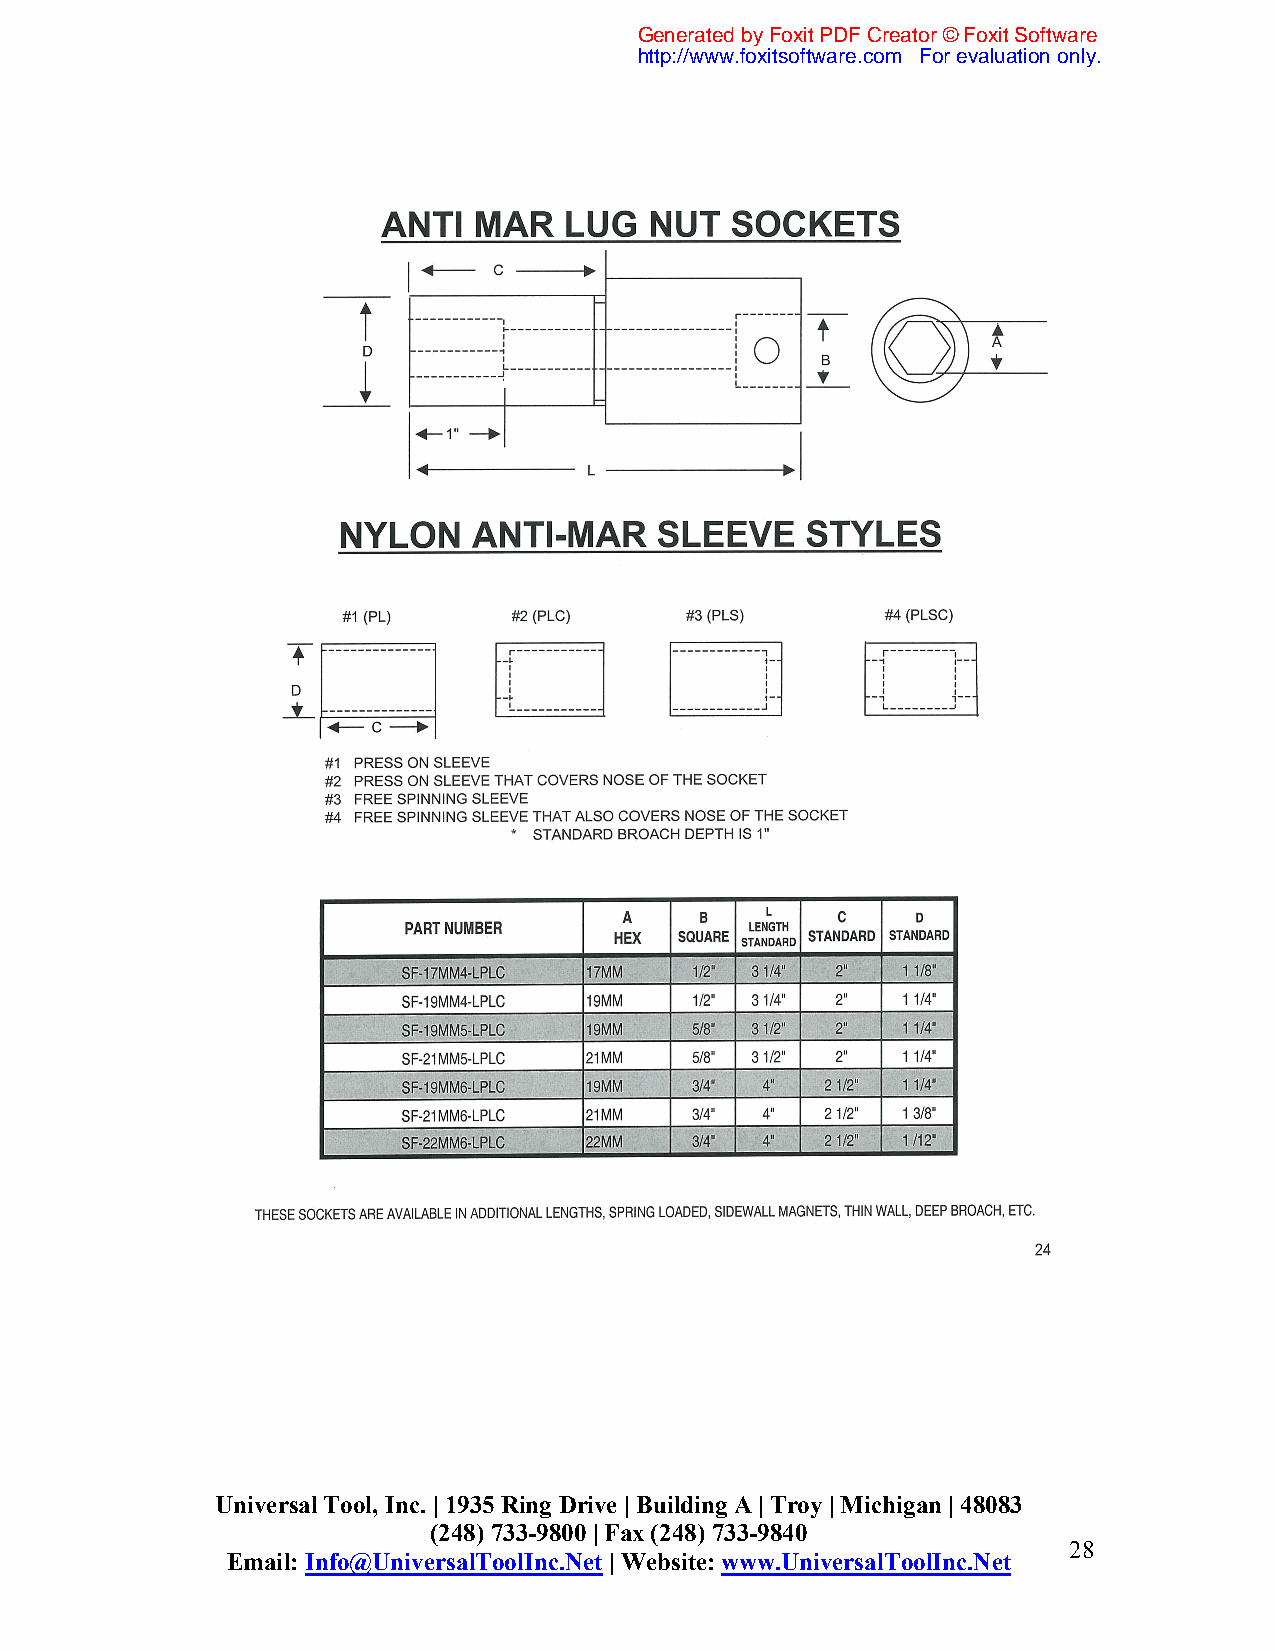
Generated by Foxit PDF Creator © Foxit Software
 http://www.foxitsoftware.com For evaluation only.
 Universal Tool, Inc. | 1935 Ring Drive | Building A | Troy | Michigan | 48083
 (248) 733-9800 | Fax (248) 733-9840
 28
 Email: Info@UniversalToolInc.Net | Website: www.UniversalToolInc.Net